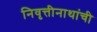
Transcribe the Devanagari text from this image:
निवृत्तीनाथांची